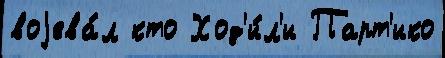
воjева́л кто Ход'и́л'и Парт'ико